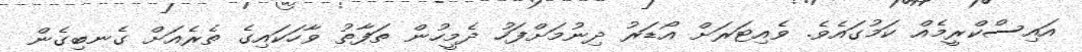
އައިސްކްރީމެއް ކަމުގައެވެ. ވެއިޓަރަށް އޯޑަރު ދިނުމަށްފަހު ދެމީހުން ތަފާތު ވާހަކައިގެ ތެރެއަށް ގެނބިގެން